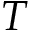
T